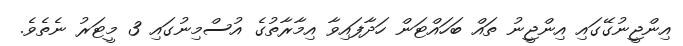
އިންޖީނުގޭގައި އިންޖީނު ތައް ބަހައްޓަން ހަދާފައިވާ އިމާރާތުގެ އުސްމިނުގައި 3 މީޓަރު ނެތެވެ.